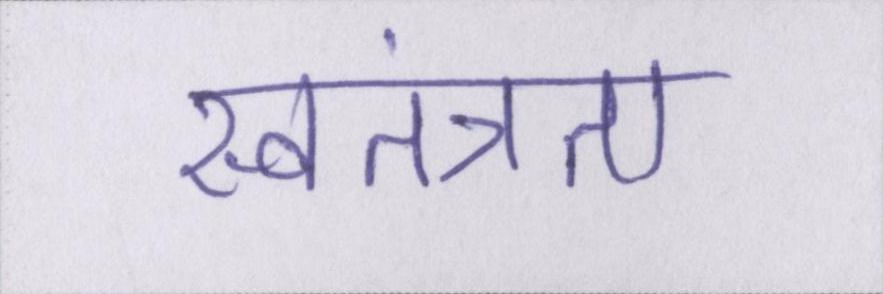
स्वतंत्रता